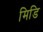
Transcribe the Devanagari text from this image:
मिडि